Jaan_Tonisson_(Lasteleht), lk 323
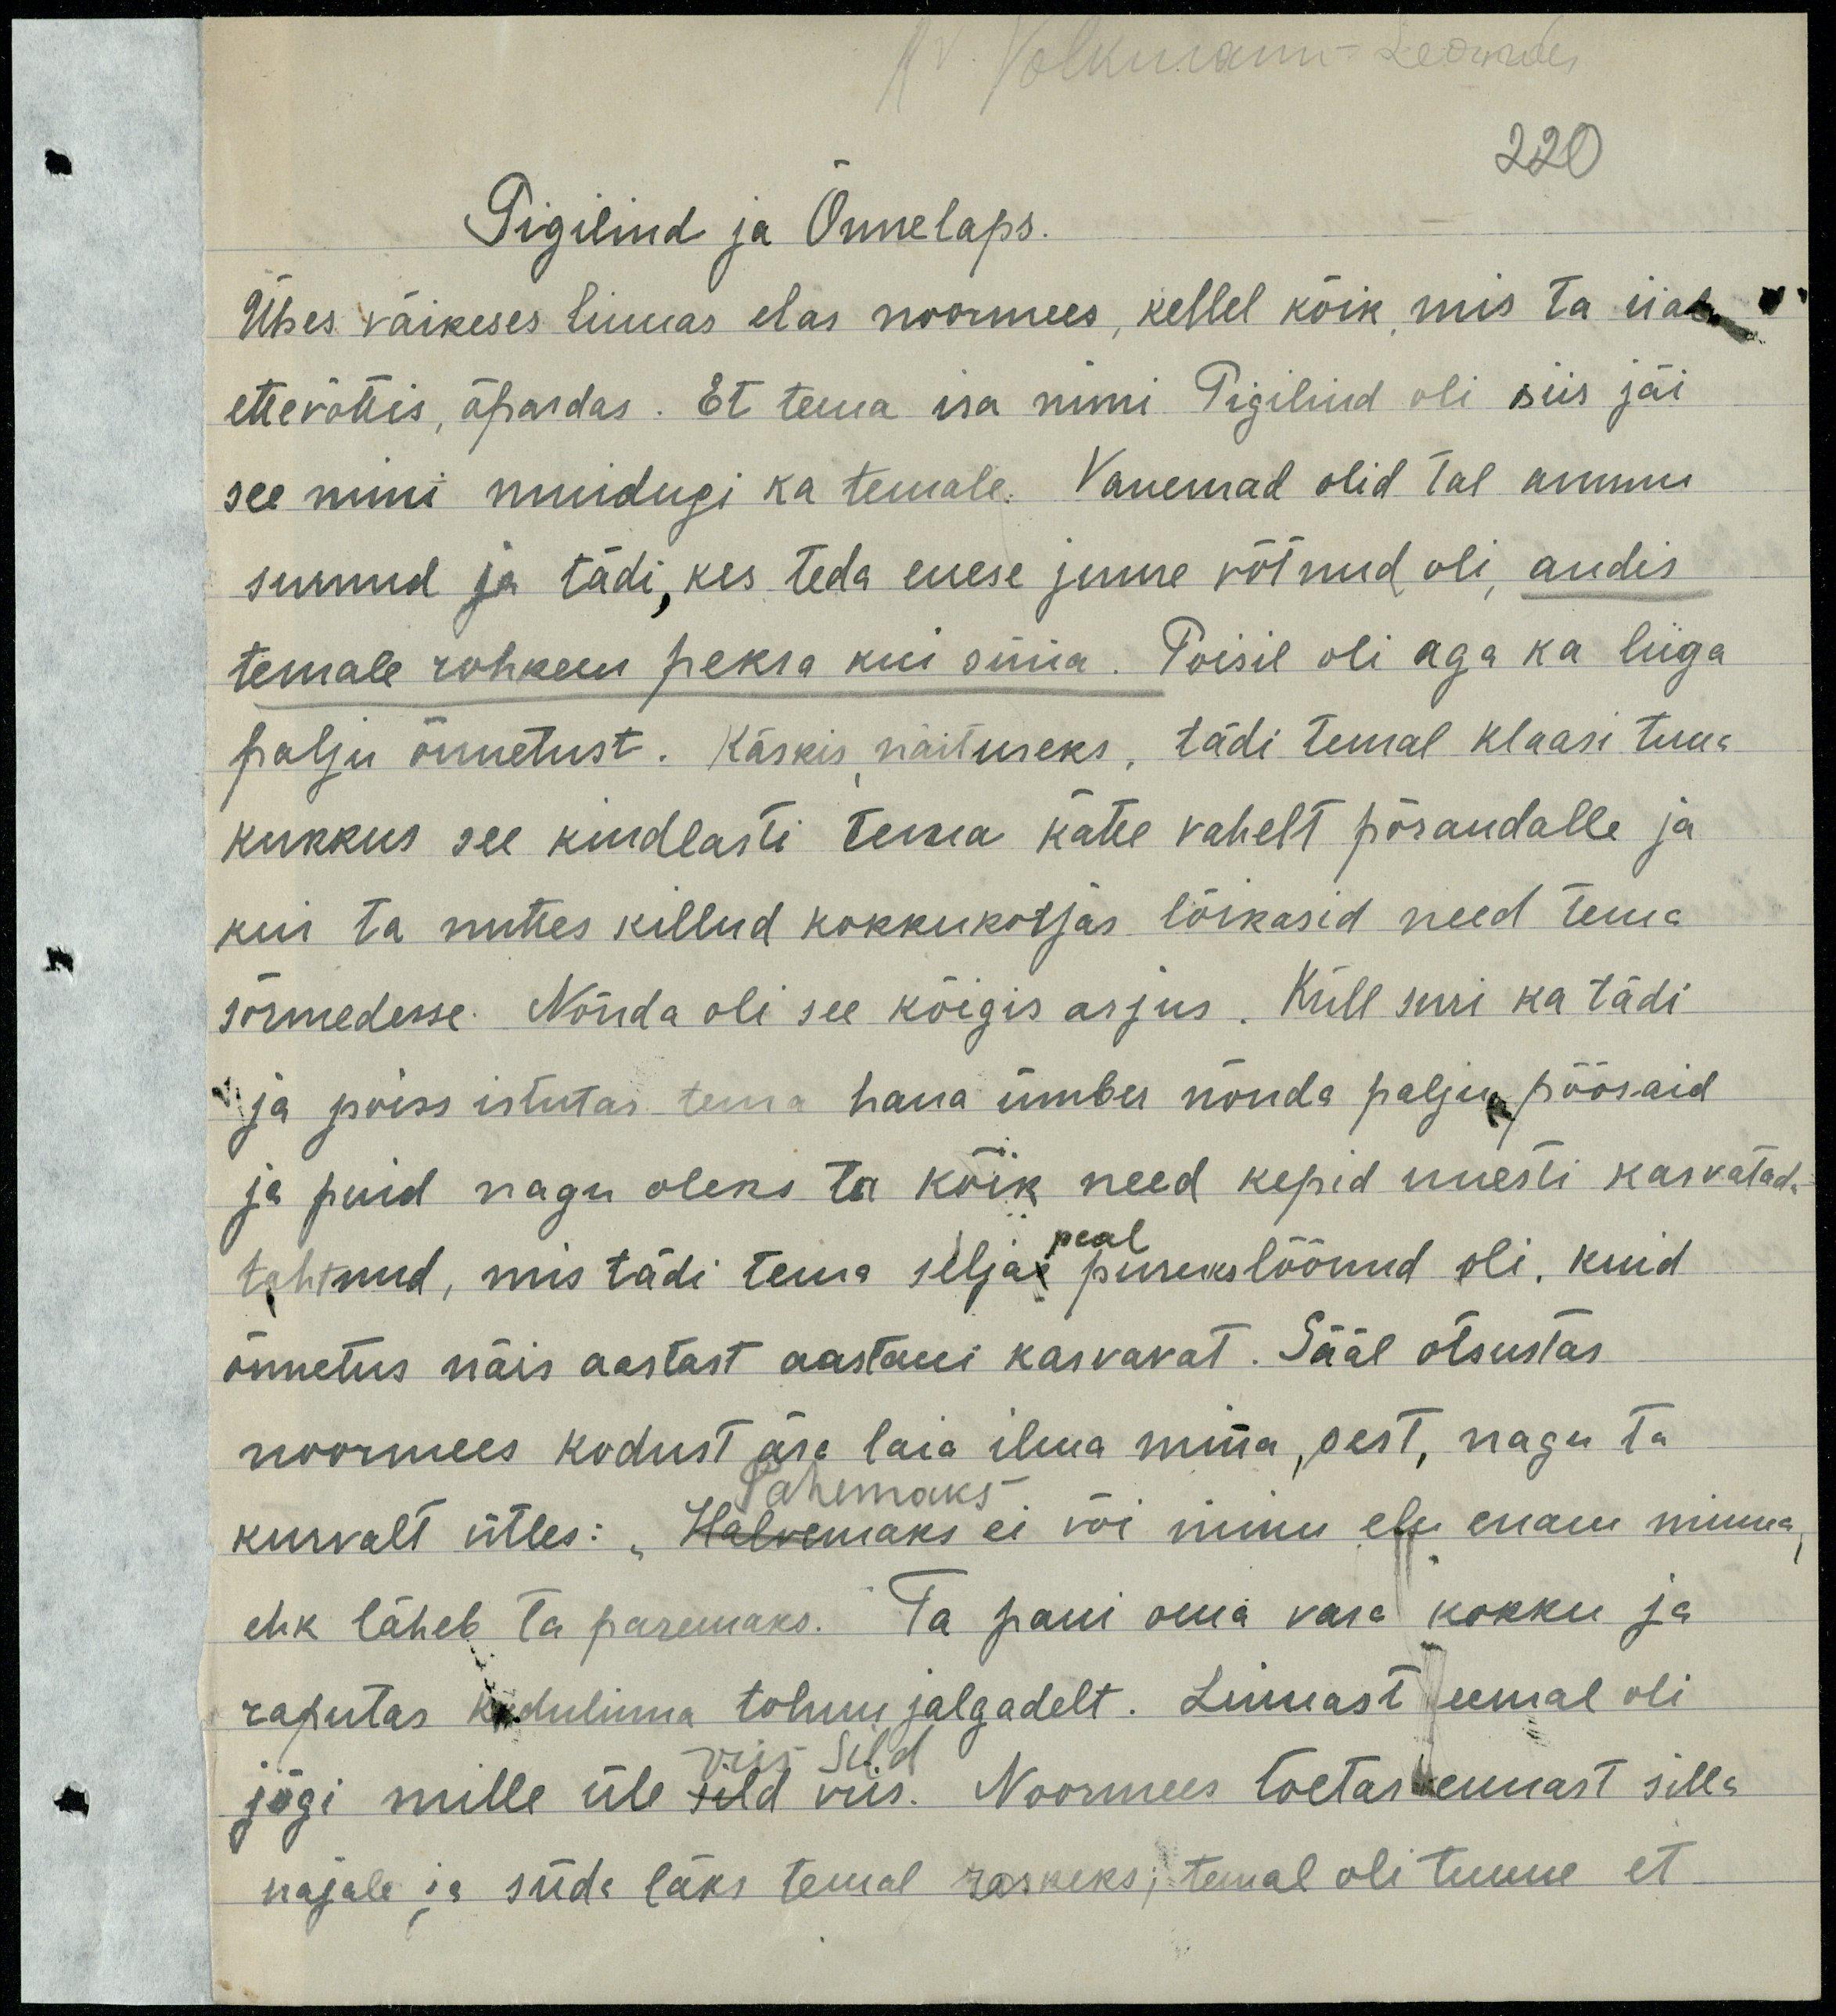
Pigilind ja Õnnelaps.
Ühes väikeses linnas elas noormees, kellel kõik mis ta iial
ettevõttis, äpardas. Et tema isa nimi Pigilind oli siis jäi
see nimi muidugi ka temale. Vanemad olid tal ammu
surnud ja tädi, kes teda enese juure võtnud oli, andis
temale rohkem peksa kui süüa. Poisil oli aga ka liiga
palju õnnetust. Käskis näituseks, tädi temal klaasi tuua
kukkus see kindlasti tema käte vahelt põrandalle ja
kui ta nutus killud kokkukorjas lõikasid need tema
sõrmedesse. Nõnda oli see kõigis asjus. Küll suri ka tädi
ja poiss istutas tema haua ümber nõnda palju põõsaid
ja puid nagu oleks ta kõik need kepid uuesti kasvatad
tahtnud, mis tädi tema seljas pusekslöönud oli, kuid 
õnnetus näis aastast aastani kasvavat. Sääl otsustas
noormees kodust ära laia ilusa minna, sest, nagu ta
kurvalt ütles: Halvemaks ei või minu elu enam minna
ehk läheb ta paremaks. Ta pani oma vara kokku ja 
raputas kodulinna tolmu jalgadelt. Linnast eemal oli
jõgi mille üle sild viis. Noormees toetas ennast silla
najale ja süda läks temal raskeks; temal oli tunne et